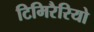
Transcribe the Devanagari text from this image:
टिमिरैरियो